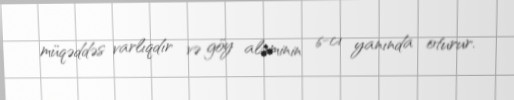
müqəddəs varlıqdır və göy aləminin 6-cı yanında oturur.